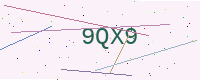
Text: 9QX9